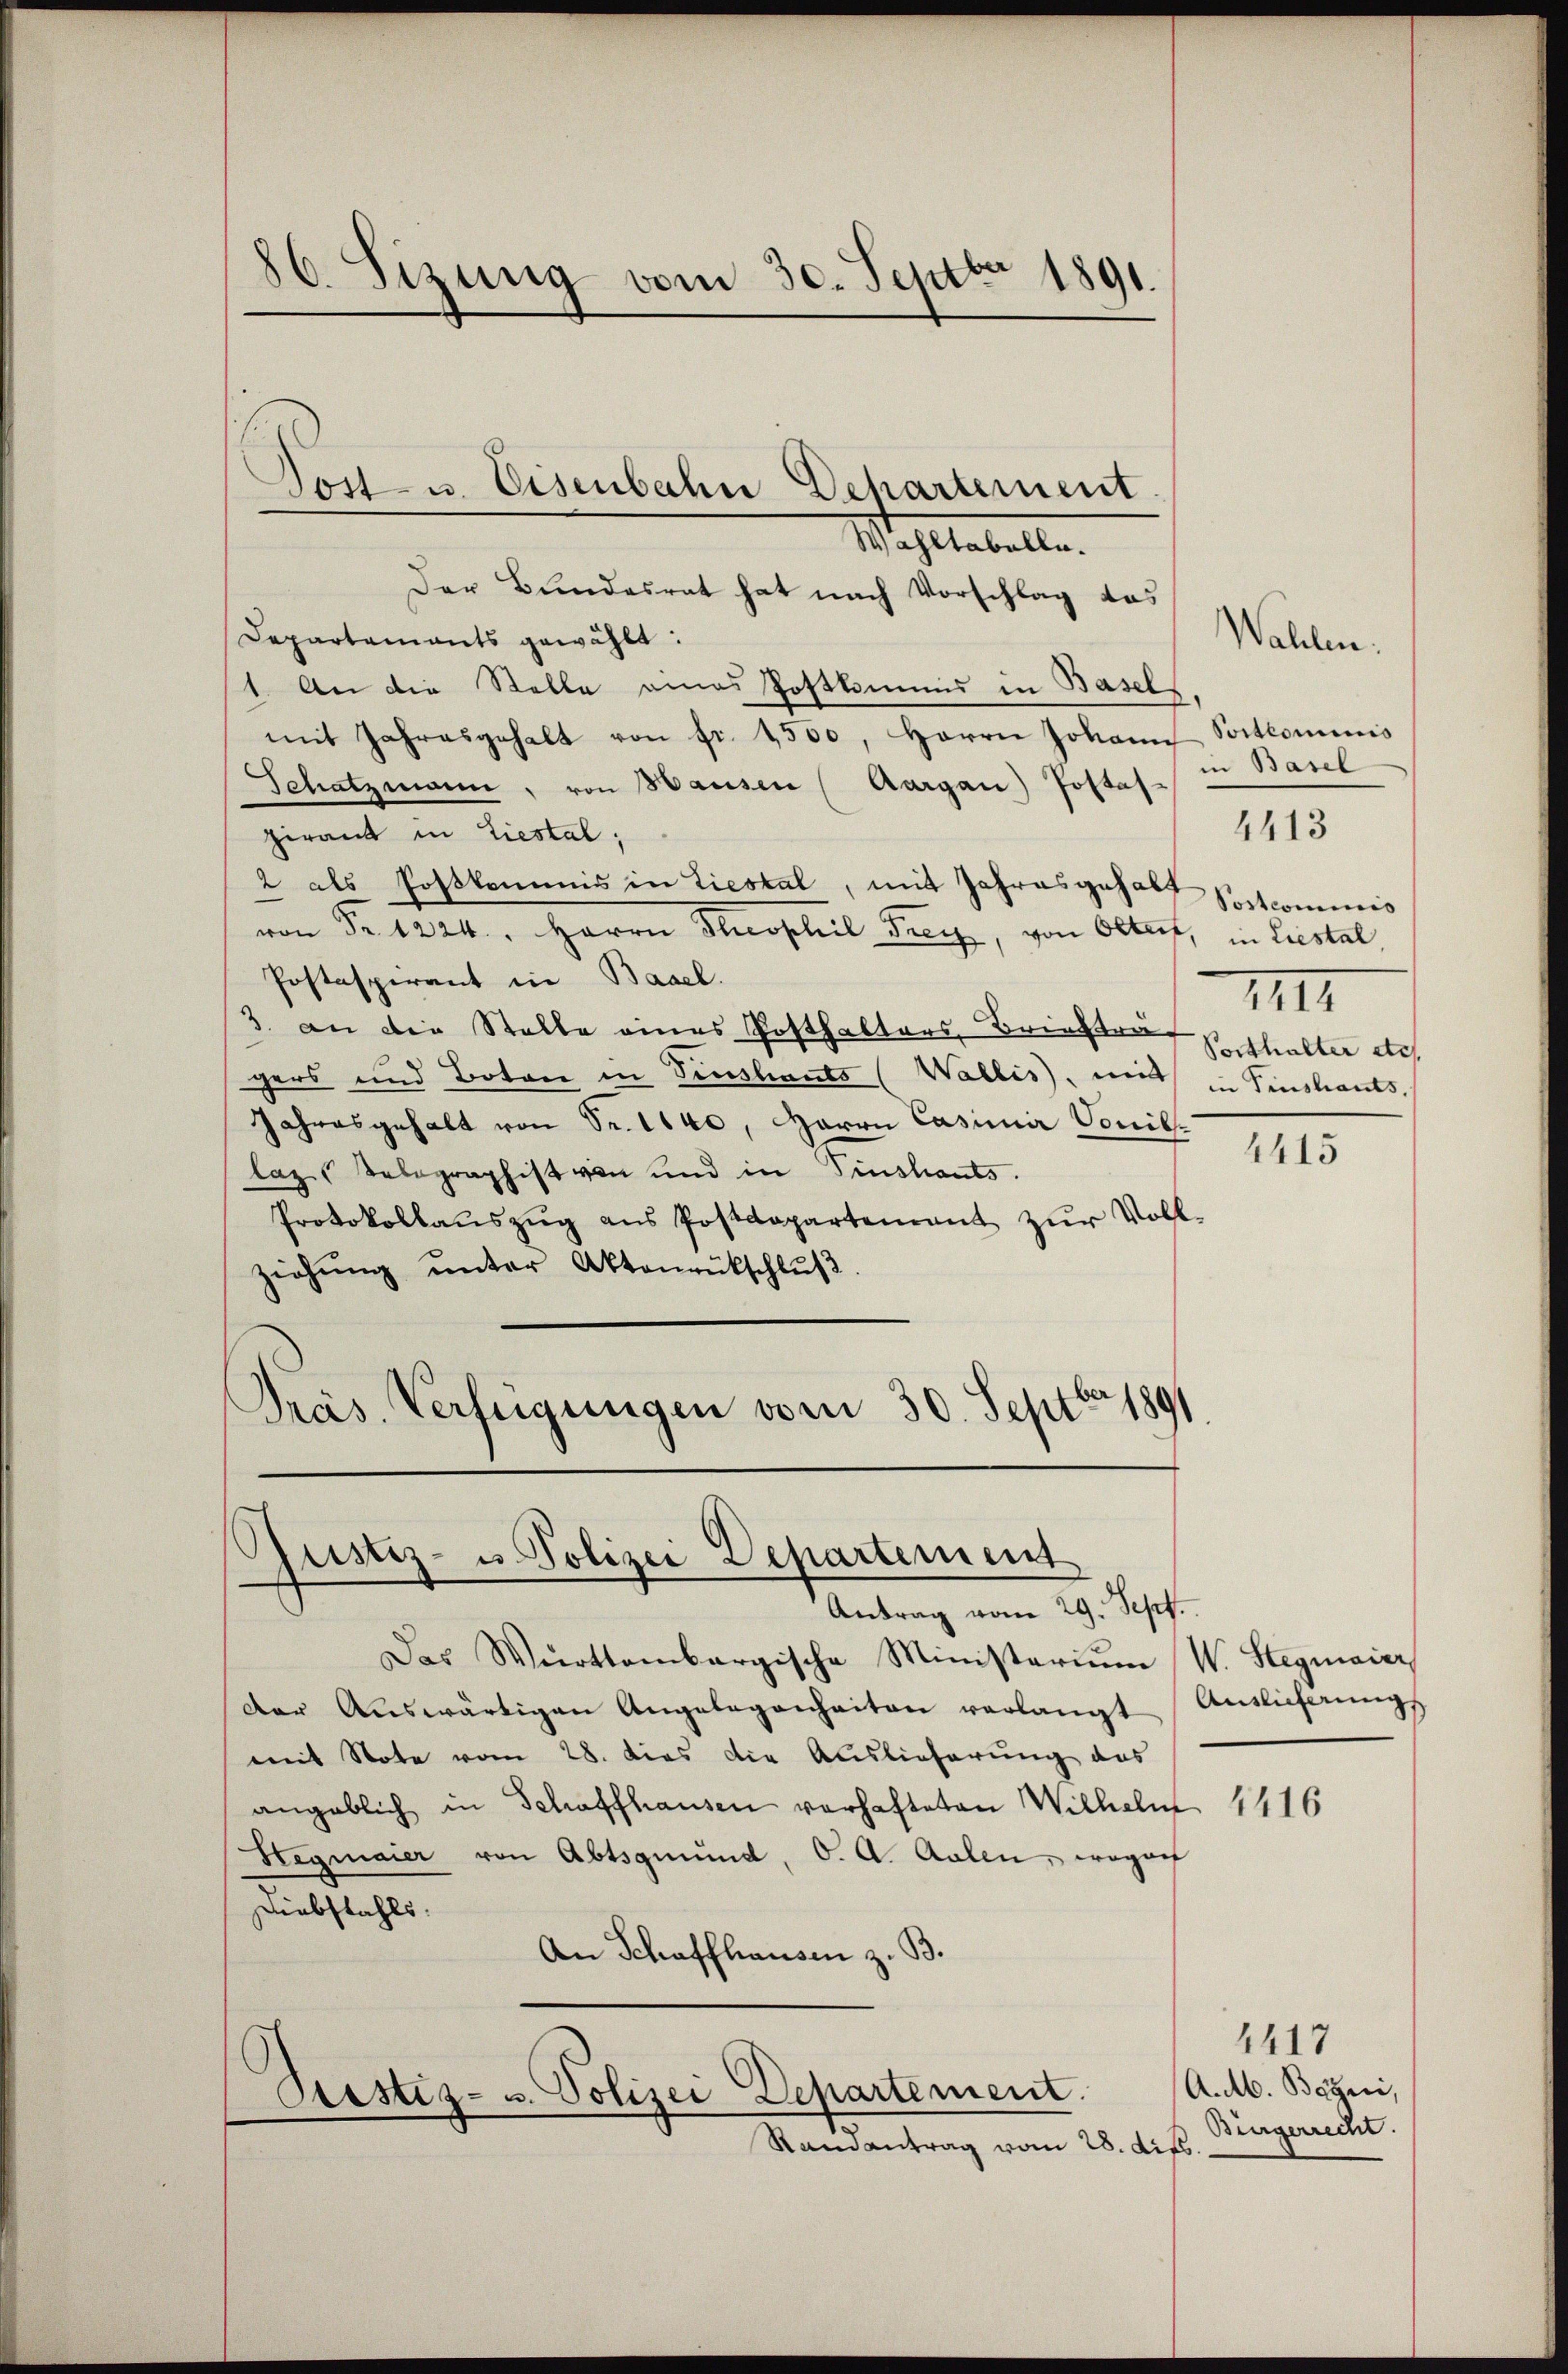
86. Sizung vom 30. Septbr 1891.

Der Bundesrat hat nach Vorschlag das
Departaments gewählt:
1. An die Stelle eines Postkommnis in Basel
mit Jahresgehalt von fr. 1550, Herrn Johann Soctlominis
Schatzmann, von Hausen (Aargau) Postas in Basel
pirant in Liestal,
2 als Postkommis in Liestal, mit Jahresgehabt
von Fr. 1224. Herrn Theophil Frey, von Olten, in Liestal
Postaspirant in Basel.
3. an die Stelle eines Posthalters Brieftraf Verthalter di
gers und Botare in Fenstants (Wallis, mit in Finstants.
Jahresgehalt von Fr. 1140, Herrn Casimir Vonillages Telegraphist von und in Einschants.
Protokollaŭszŭg ans Postdepartenant zŭr Voll-
ziehŭng ŭnter Aktenrütschlŭβ
Präs. Verfügungen vom 30. Septbr 1891

Post u. Eisenbahn Dehartement
Magstabelle.

Gustiz- u. Polizei Departement
Antrag vom 29. Sept.

Das Württembergische Ministerium W. Stegmaier,
Der Aŭswärtigen Angelegenheiten verlangt Auslieferungs
mit Note vom 28. dies die Auslieferung des
angeblich in Schaffhausen vorhafteten Wilhelm
Stegmaier von Abtsgmund, O. A. Adlen, wogen
Diebstahls
An Schaffhausen z. B.

Prestiz- u. Polizei Departement.

Randantrag vom 28. dis

Postcommis
IIII

Wahlen.

4413

4415

4416

4417
A. M. Bayni,
Bingerrecht.
.